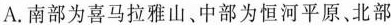
A.南部为喜马拉雅山、中部为恒河平原、北部